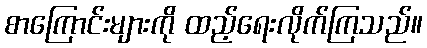
စာကြောင်းများကို ထည့်ရေးလိုက်ကြသည်။